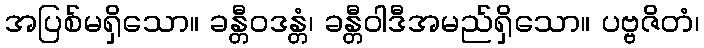
အပြစ်မရှိသော။ ခန္တီဝဒန္တံ၊ ခန္တီဝါဒီအမည်ရှိသော။ ပဗ္ဗဇိတံ၊